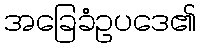
အခြေခံဥပဒေ၏